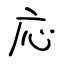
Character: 応